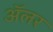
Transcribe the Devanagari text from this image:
ॲलर